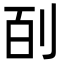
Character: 㓦